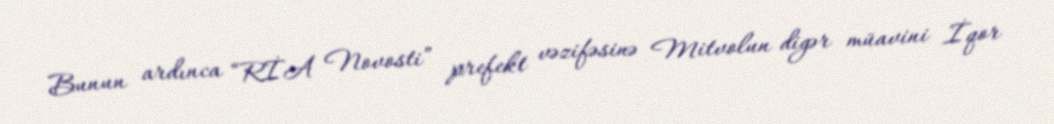
Bunun ardınca “RİA Novosti” prefekt vəzifəsinə Mitvolun digər müavini İqor